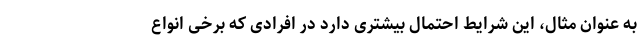
به عنوان مثال، این شرایط احتمال بیشتری دارد در افرادی که برخی انواع